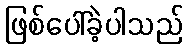
ဖြစ်ပေါ်ခဲ့ပါသည်